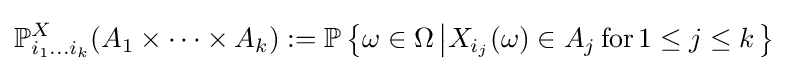
\mathbb {P} _{i_{1}\dots i_{k}}^{X}(A_{1}\times \cdots \times A_{k}):=\mathbb {P} \left\{\omega \in \Omega \left|X_{i_{j}}(\omega )\in A_{j}\mathrm {\,for\,} 1\leq j\leq k\right.\right\}